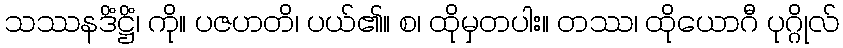
သဿနဒိံဋ္ဌိံ၊ ကို။ ပဇဟတိ၊ ပယ်၏။ စ၊ ထိုမှတပါး။ တဿ၊ ထိုယောဂီ ပုဂ္ဂိုလ်